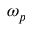
\omega _ { p }